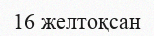
16 желтоқсан